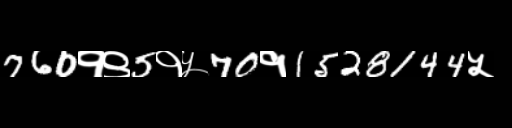
Text: 760१९5१५70१1528144५